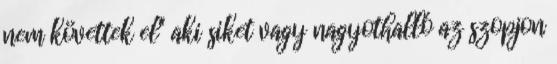
nem követtek el" aki siket vagy nagyothalló az szopjon